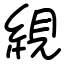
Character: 絸